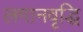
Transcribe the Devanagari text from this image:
लगानवृद्धि